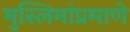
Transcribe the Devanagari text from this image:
मुस्लिमांप्रमाणे